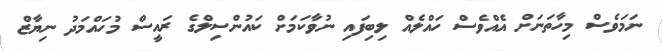
ނަމަވެސް މިހާތަނަށް އެއްވެސް ހައްލެއް ލިބިފައި ނުވާކަމަށް ކައުންސިލްގެ ރައީސް މުހައްމަދު ނިޔާޒް